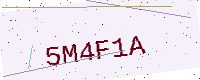
Text: 5M4F1A